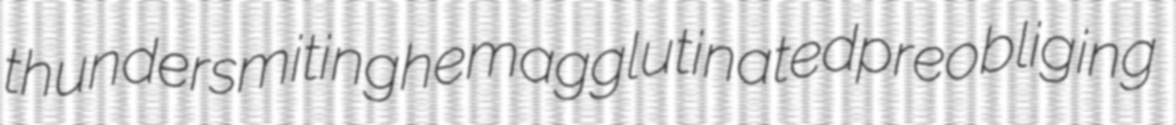
thundersmiting hemagglutinated preobliging